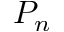
P _ { n }